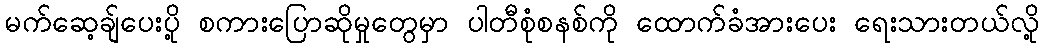
မက်ဆေ့ချ်ပေးပို့ စကားပြောဆိုမှုတွေမှာ ပါတီစုံစနစ်ကို ထောက်ခံအားပေး ရေးသားတယ်လို့